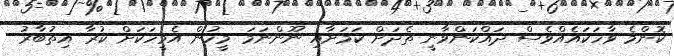
ކޮންމެ ވާހަކައެއްވެސް ދައްކަންވާނީ ތެދަށް ކަމަށާއި ނޫންނަމަ މީހުން އެމީހަކަށް ކުރާ އިތުބާރު